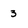
Character: 3